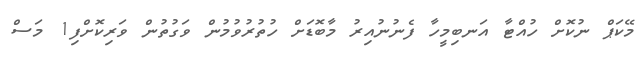
މޭކަޕް ނުކޮށް ހުއްޓާ އަނބިމީހާ ފެނުނުއިރު މާބޮޑަށް ހުތުރުވުމުން ވަގުތުން ވަރިކޮށްފި1 މަސް